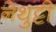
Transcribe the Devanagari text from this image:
नेथुट्टी